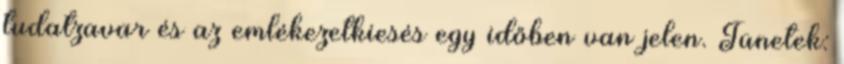
tudatzavar és az emlékezetkiesés egy időben van jelen. Tünetek: